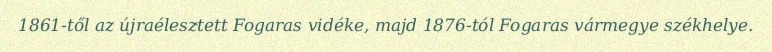
1861-től az újraélesztett Fogaras vidéke, majd 1876-tól Fogaras vármegye székhelye.